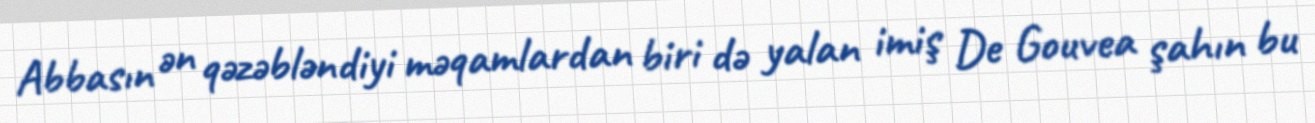
Abbasın ən qəzəbləndiyi məqamlardan biri də yalan imiş De Gouvea şahın bu